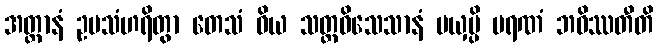
အတ္တာနံ ဥပသံဟရိတွာ တေသံ ဝိယ သတ္တဝိသေသာနံ မယှမ္ပိ မရဏံ ဘဝိဿတီတိ